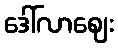
ဒေါ်လာဈေး